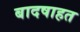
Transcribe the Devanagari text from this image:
बादषाहत